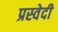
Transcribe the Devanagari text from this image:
प्रस्वेदी